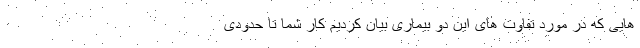
هایی که در مورد تفاوت های این دو بیماری بیان کردیم کار شما تا حدودی